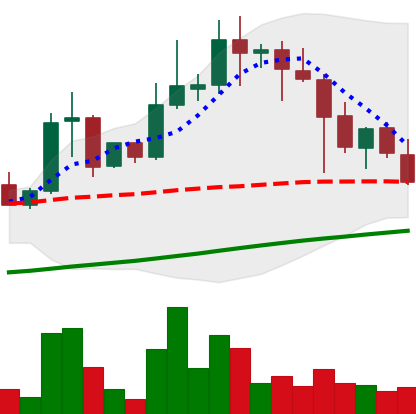
Ticker: XLM-USD
Chart end date: 2021-04-22
Forward return: 13.131%
Label: up_7plus